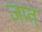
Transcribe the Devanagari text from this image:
जात्